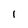
Character: 1